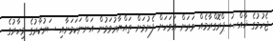
ޖެހުމުގެ ޚާއްޞަ ޕްރޮގްރާމެއް ވަރަށް އަވަހަށް ފެށުމަށް ތައްޔާރުވަމުން އަންނަކަމަށާއި ސަރުކާރުގެ މިހާރުގެ